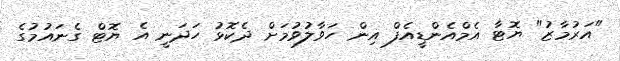
"އަރުމާޒު" ޔޮޓާ އެމްއެންޑީއެފް އިން ހަވާލުވުމަށް ދެކޮޅު ހަދަނީ އެ ޔޮޓް ގެނައުމުގެ